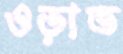
ওড়াত